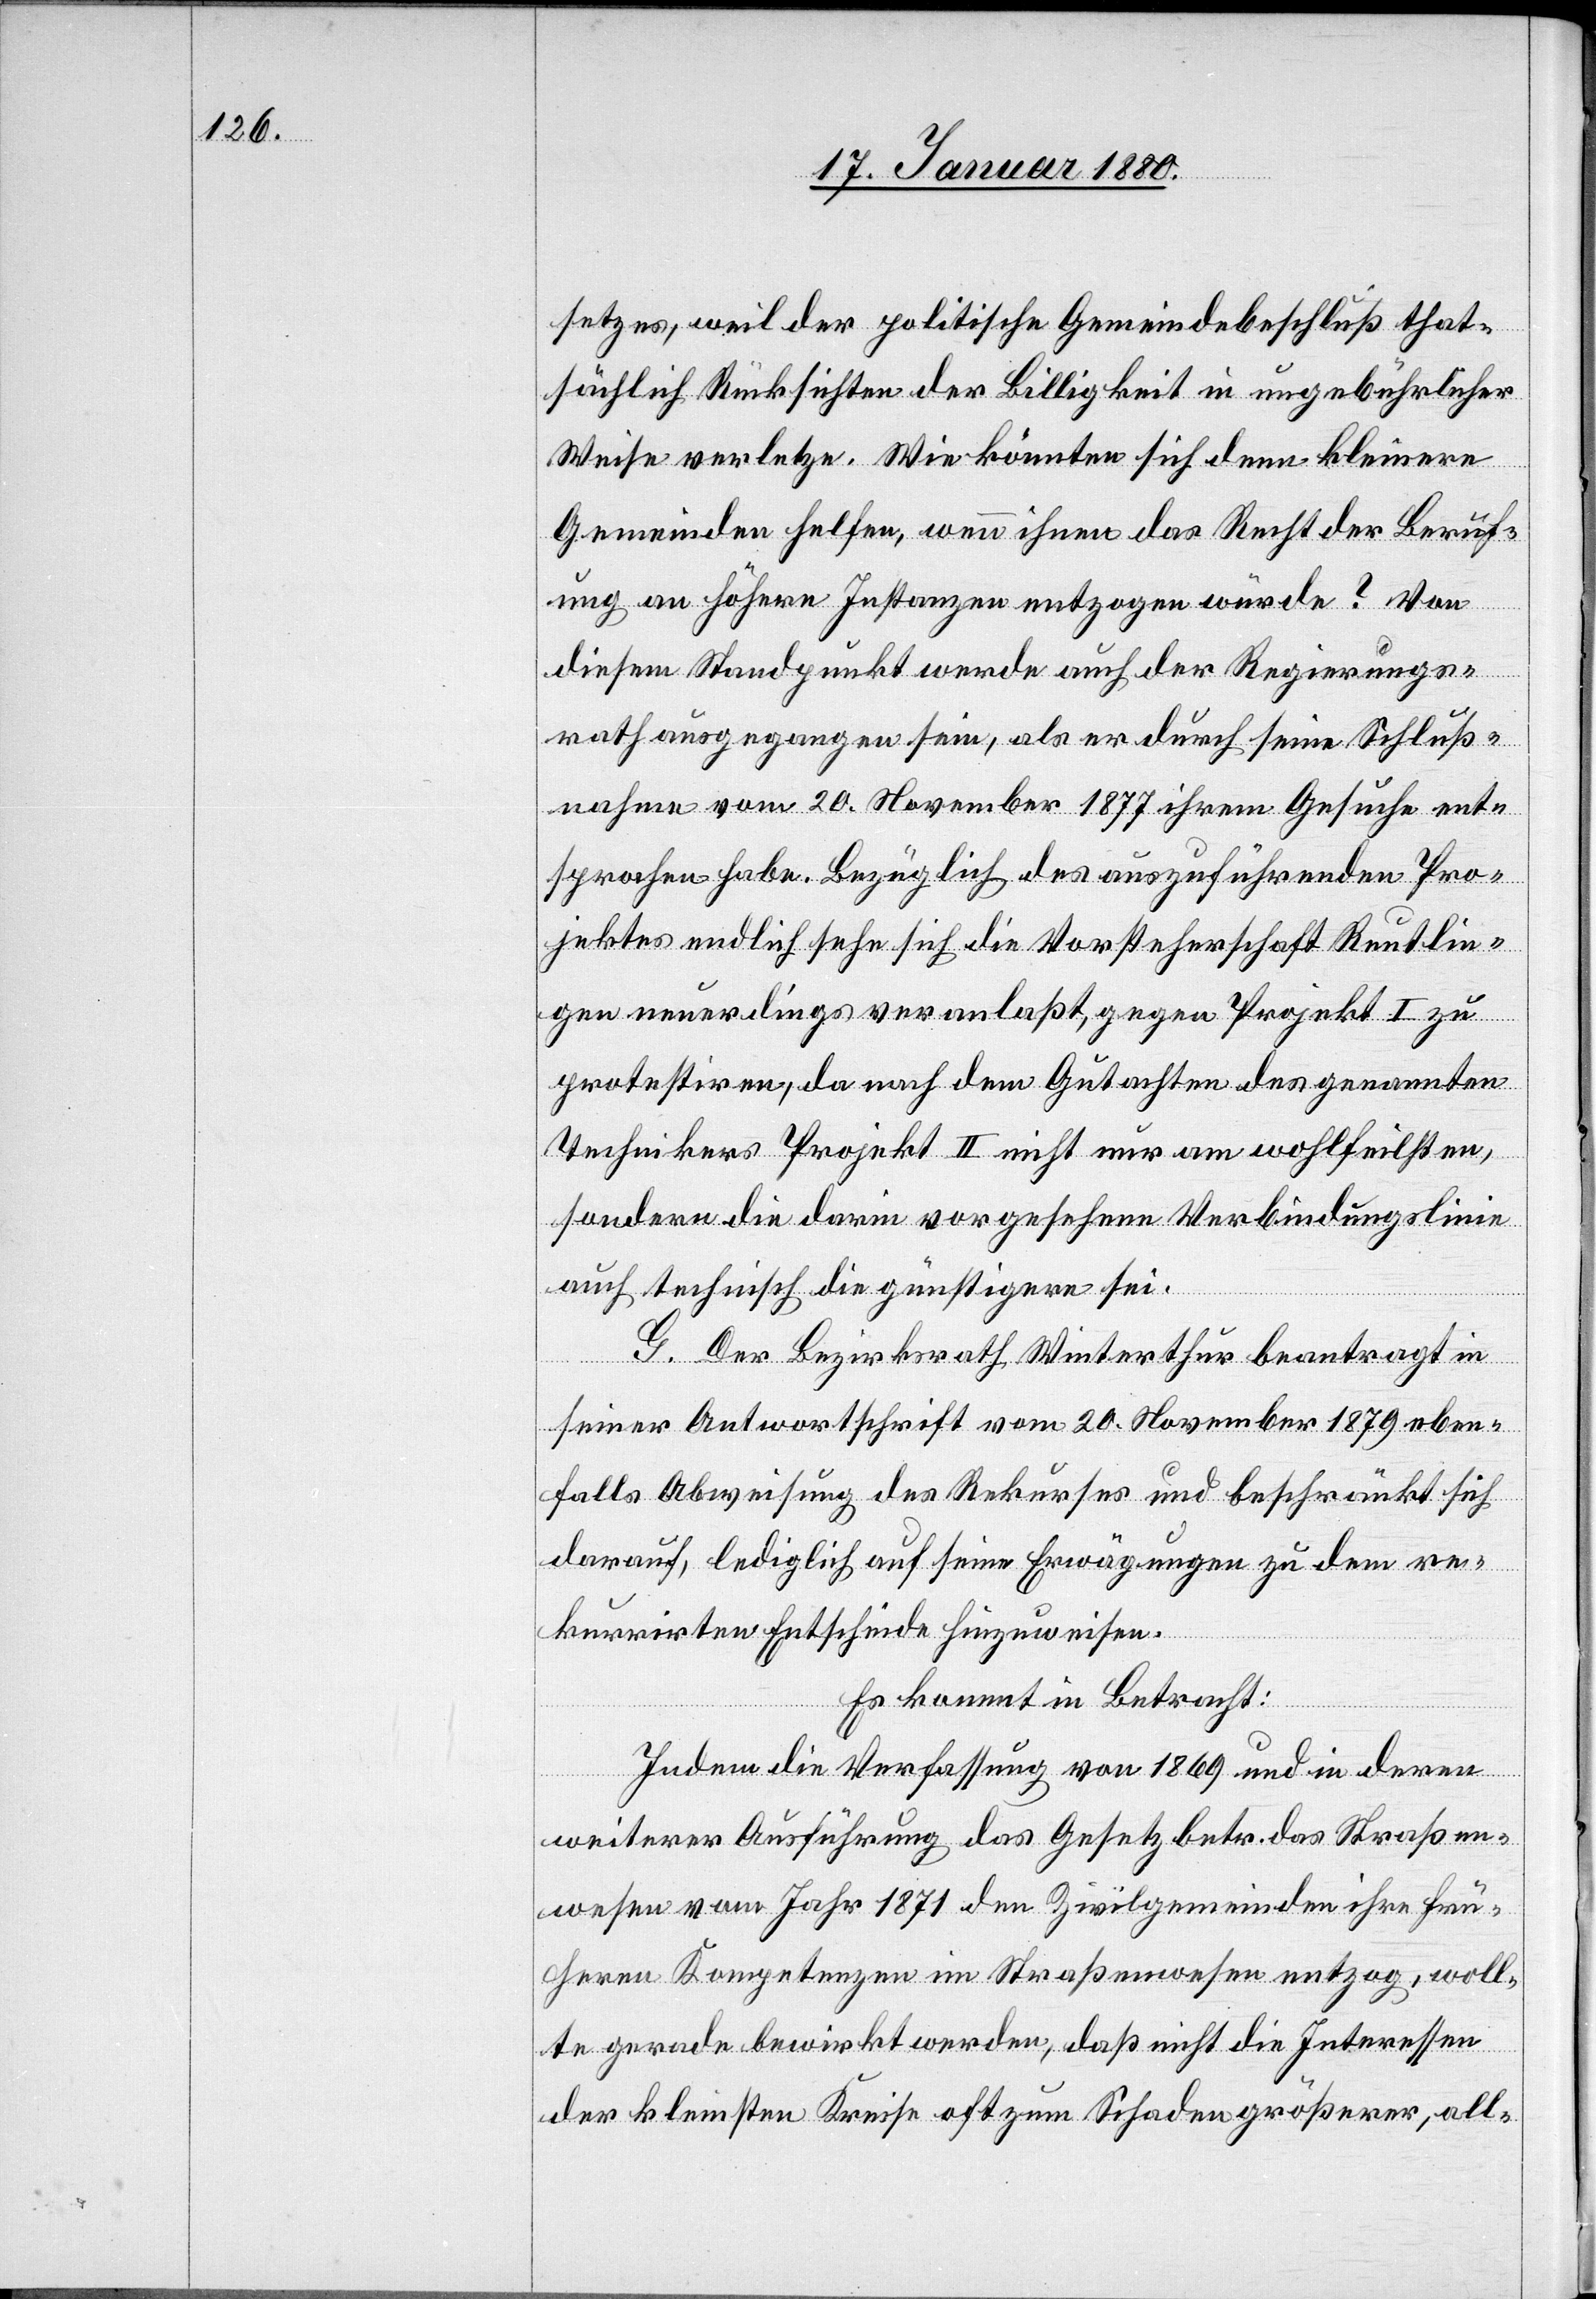
setzes, weil der politische Gemeindebeschluß that¬
sächlich Rücksichten der Billigkeit in ungebührlicher
Weise verletze. Wie könnten sich denn kleinere
Gemeinden helfen, wenn ihnen das Recht der Beruf¬
ung an höhere Instanzen entzogen würde? Von
diesem Standpunkt werde auch der Regierungs¬
rath ausgegangen sein, als er durch seine Schluß¬
nahme vom 20. November 1877 ihrem Gesuche ent¬
sprochen habe. Bezüglich des auszuführenden Pro¬
jektes endlich sehe sich die Vorsteherschaft Reutlin¬
gen neuerdings veranlaßt, gegen Projekt I zu
protestiren, da nach dem Gutachten des genannten
Technikers Projekt II nicht nur am wohlfeilsten,
sondern die darin vorgesehene Verbindungslinie
auch technisch die günstigere sei.
G. Der Bezirksrath Winterthur beantragt in
seiner Antwortschrift vom 20. November 1879 eben¬
falls Abweisung des Rekurses und beschränkt sich
darauf, lediglich auf seine Erwägungen zu dem re¬
kurrirten Entscheide hinzuweisen.
Es kommt in Betracht:
Indem die Verfassung von 1869 und in deren
weiterer Ausführung das Gesetz betr. das Straßen¬
wesen vom Jahr 1871 den Zivilgemeinden ihre frü¬
heren Kompetenzen im Straßenwesen entzog, woll¬
te gerade bewirkt werden, daß nicht die Interessen
der kleinsten Kreise oft zum Schaden größerer, all-